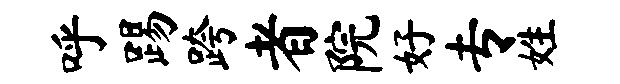
呼踢跨者院好专姓